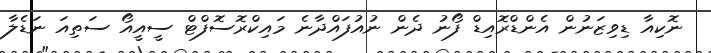
ނޮކިއާ ޑިވިޒަނުން އެންޑްރޮއިޑް ފޯނު ދެން ނުއުފައްދާނެ މައިކްރޮސޮފްޓް ސީއީއޯ ސަތިއަ ނަޑެލާ